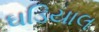
ઘડિયાલ